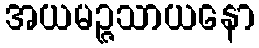
အယမဉ္ဇသာယနော